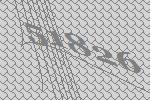
51826